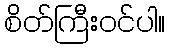
စိတ်ကြီးဝင်ပါ။